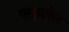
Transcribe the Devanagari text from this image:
एस्कुइरेल